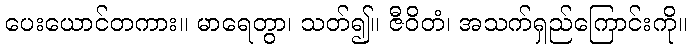
ပေးယောင်တကား။ မာရေတွာ၊ သတ်၍။ ဇီဝိတံ၊ အသက်ရှည်ကြောင်းကို။